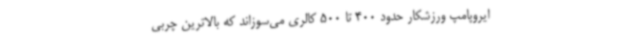
ایروپامپ ورزشکار حدود 400 تا 500 کالری می‌سوزاند که بالاترین چربی